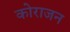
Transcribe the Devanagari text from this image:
कोराजन